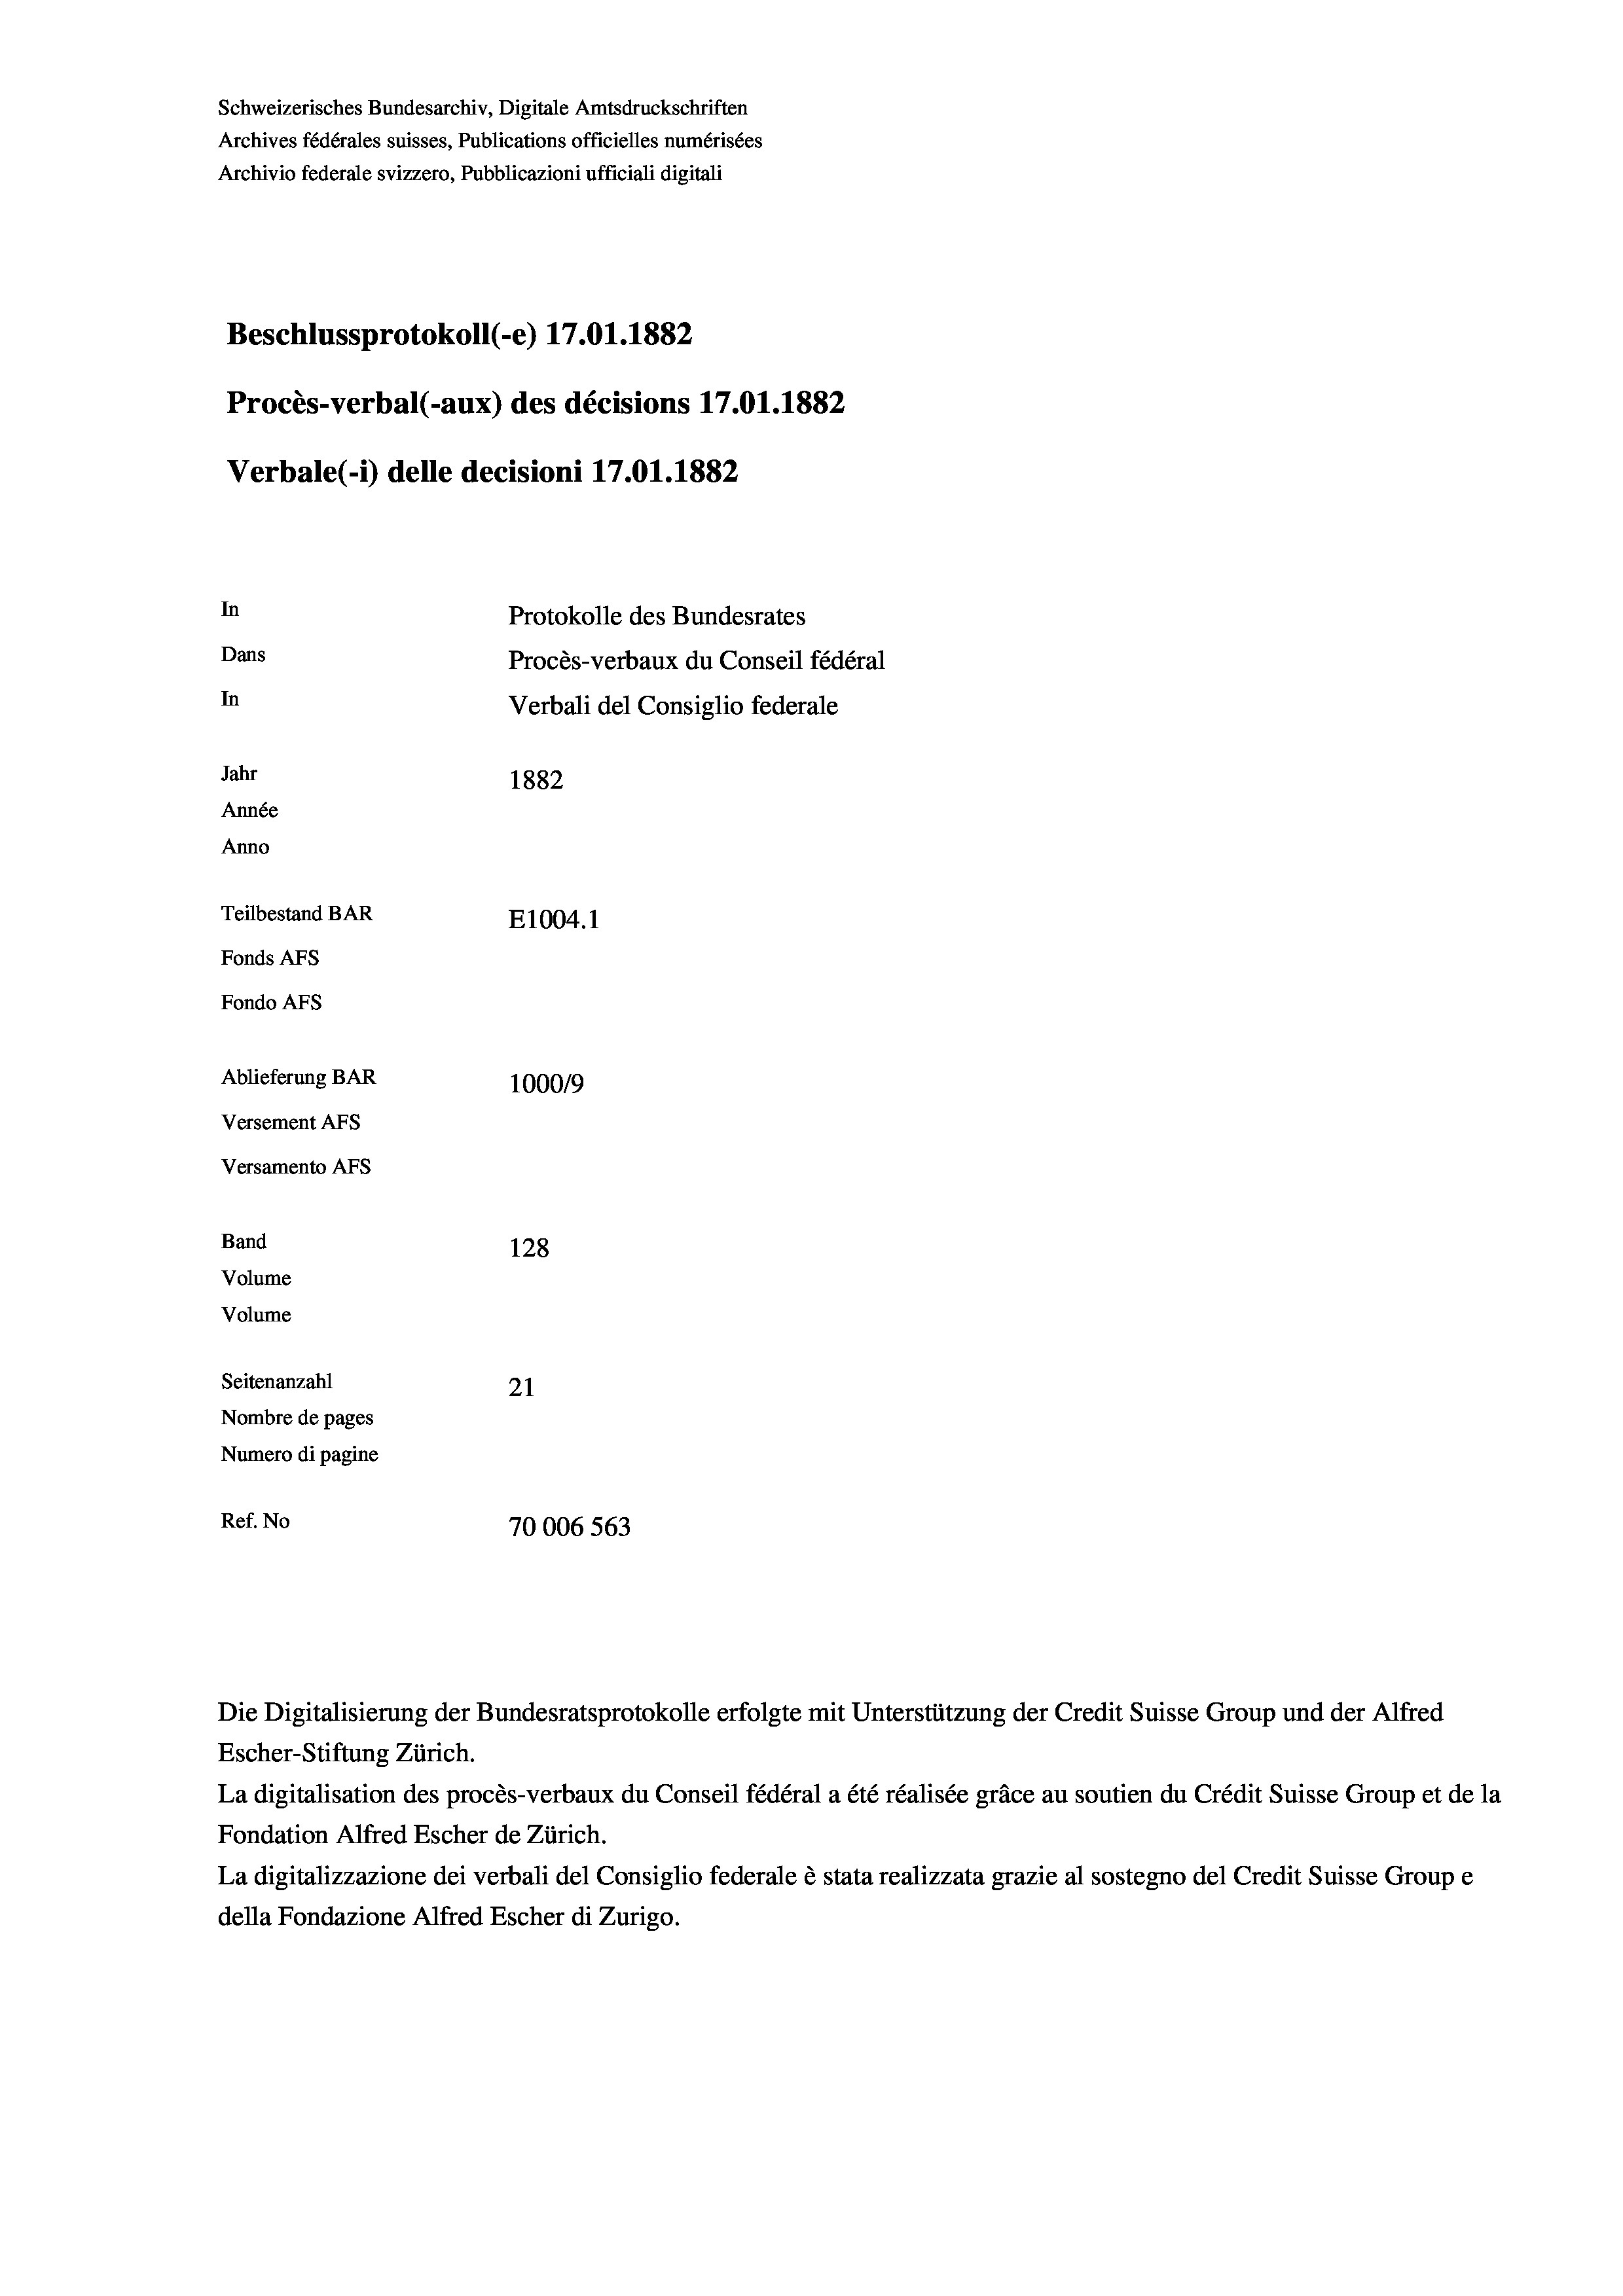
Schweizerisches Bundesarchiv, Digitale Amtsdruckschriften
Archives fédérales suisses, Publications officielles numérisées
Archivio federale svizzero, Pubblicazioni ufficiali digitali
Beschlussprotokoll (-e) 17.01. 1882
Procès-verbal (-aux) des décisions 17.01.1882
Verbale(-*) delle decisioni 17.01. 1882
In
Protokolle des Bundesrates
Dans
Procès-verbaux du Conseil fédéral
In
Verbali del Consiglio federale
Jahr
1882
Année
Anno
Teilbestand BAR
E1004.1
Fonds Afs
Fondo AFs
Ablieferung BAR
1000/9
Versement Abs
Versamento Afs
Band
128
Volume
Volume
Seitenanzahl
21
Nombre de pages
Numero di pagine
Ref. No
70006563

Die Digitalisierung der Bundesratsprotokolle erfolgte mit Unterstützung der Credit Suisse Group und der Alfred
Escher-Stiftung Zürich.
La digitalisation des procès-verbaux du Conseil fédéral a été réalisée gräce au soutien du Crédit Suisse Group et de la
Fondation Alfred Escher de Zürich.
La digitalizzazione dei verbali del Consiglio federale è stata realizzata grazie al sostegno del Credit Suisse Groupe
della Fondazione Alfred Escher di Zurigo.